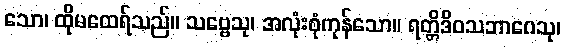
သော၊ ထိုမထေရ်သည်။ သဗ္ဗေသု၊ အလုံးစုံကုန်သော။ ရတ္တိဒိဝသဘာဂေသု၊